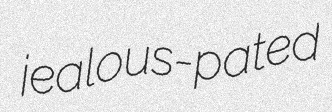
jealous-pated